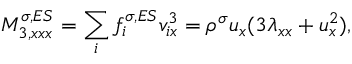
M _ { 3 , x x x } ^ { \sigma , E S } = \sum _ { i } f _ { i } ^ { \sigma , E S } v _ { i x } ^ { 3 } = \rho ^ { \sigma } u _ { x } ( 3 \lambda _ { x x } + u _ { x } ^ { 2 } ) ,